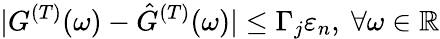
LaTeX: |{G}^{(T)}(\omega)-\hat{G}^{(T)}(\omega)|\leq\Gamma_{j}\varepsilon_{n},~\forall\omega\in\mathbb{R}